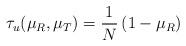
LaTeX: \begin{align*}\tau_u(\mu_{R},\mu_{T})= \frac{1}{N}\left(1-\mu_{R}\right)\end{align*}